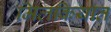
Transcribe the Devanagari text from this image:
मिलकियात